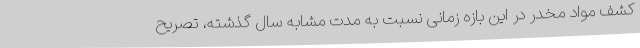
کشف مواد مخدر در این بازه زمانی نسبت به مدت مشابه سال گذشته، تصریح